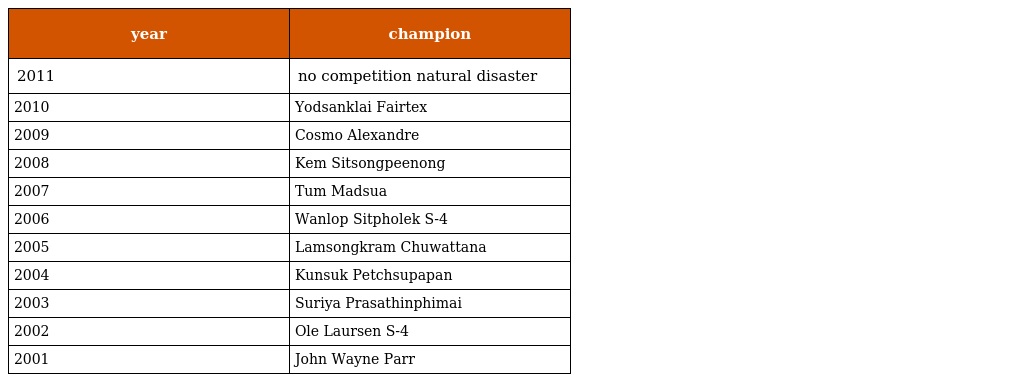
| year | champion |
 | --- | --- |
 | 2011 | no competition natural disaster |
 | 2010 | Yodsanklai Fairtex |
 | 2009 | Cosmo Alexandre |
 | 2008 | Kem Sitsongpeenong |
 | 2007 | Tum Madsua |
 | 2006 | Wanlop Sitpholek S-4 |
 | 2005 | Lamsongkram Chuwattana |
 | 2004 | Kunsuk Petchsupapan |
 | 2003 | Suriya Prasathinphimai |
 | 2002 | Ole Laursen S-4 |
 | 2001 | John Wayne Parr |